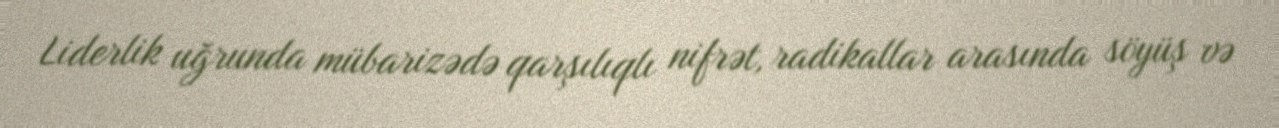
Liderlik uğrunda mübarizədə qarşılıqlı nifrət, radikallar arasında söyüş və